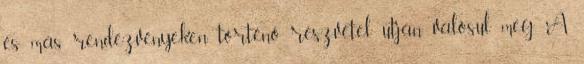
és más rendezvényeken történő részvétel útján valósul meg. A